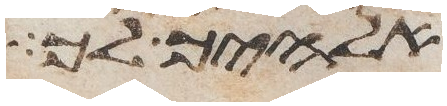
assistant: אלהיך לך